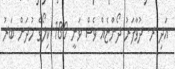
އަދި ރ. ދުވާފަރު ދޯންުޏެއް ވެސް ވަނީ 180 ކިލޯގެ ހުދަން ބަރު